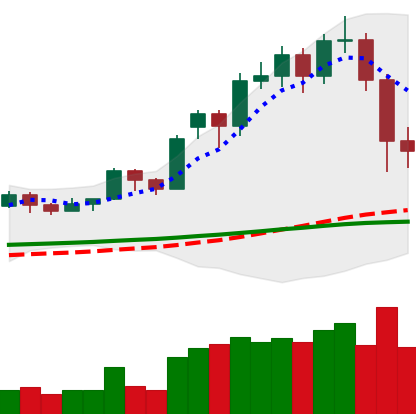
Ticker: LTC-USD
Chart end date: 2020-11-27
Forward return: 28.547%
Label: up_7plus